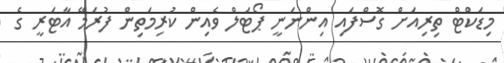
މިޑަކްޓް ތިރިއަށް ގޮސްފައި އިންނަނީ ޕޯޓަލް ވެއިން ކުރިމަތިން ފުރަމޭ އާޓަރީ ގެ